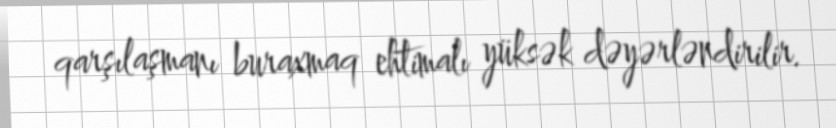
qarşılaşmanı buraxmaq ehtimalı yüksək dəyərləndirilir.